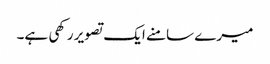
میرے سامنے ایک تصویر رکھی ہے۔